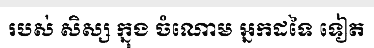
របស់ សិស្ស ក្នុង ចំណោម អ្នកដទៃ ទៀត